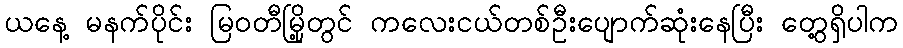
ယနေ့ မနက်ပိုင်း မြဝတီမြို့တွင် ကလေးငယ်တစ်ဦးပျောက်ဆုံးနေပြီး တွေ့ရှိပါက